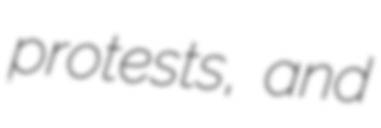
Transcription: protests, and